Leaving Certificate Examination (including Day School Certificate (Higher) General paper), 1936
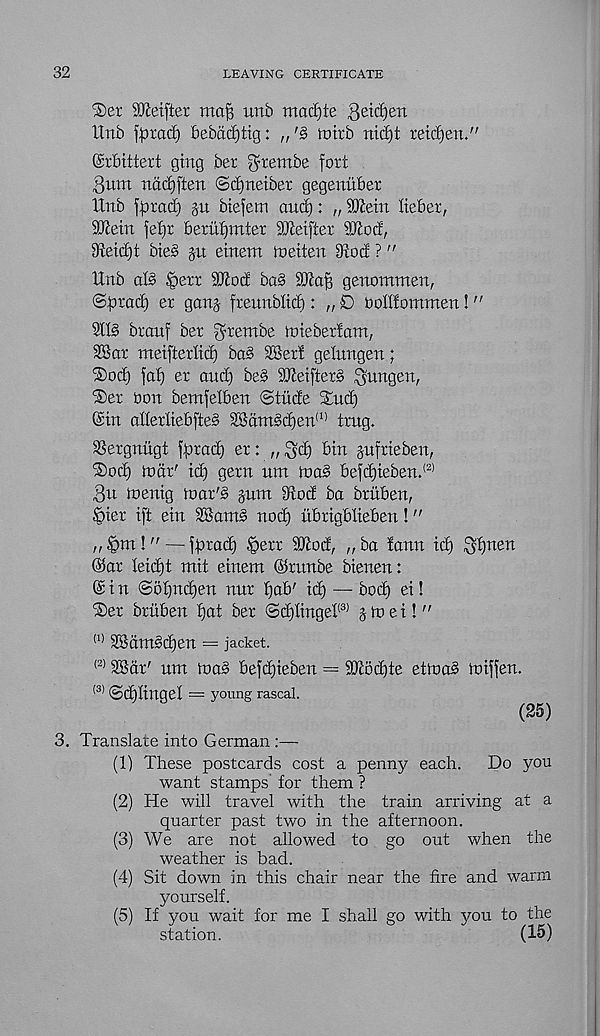
32
LEAVING CERTIFICATE
2)er SMfter map unb macE)te
llnb farad) bebdfatig:
Juirb nid)t retdjen."
Srbitiert gtng ber ^rembe fort
Bum nadfften ©djneiber gegenuber
Unb farad) p btefem and): „ SQietn Iteber,
aKein fefa berufjmter SReifter ajcocl,
s Jieid)t bte§ p etnem meiten 9tocf ?"
Unb aB §err ajtod ba§ 2}ta|3 genommen,
@$)rad) er ganj frennblid): „ £> bontommen! "
21B brauf ber ^rembe miebertam,
28ar meifterlid) ba§ 2Ber! gelungen;
®od) fat) er and) be§ 9JMfter§ B'uugen,
®er bon bemfelben ©tilde S^nd)
©in attertiebfteb 28dm§d)en (1) trug.
SSergnngt farad) er: n Sd) bin pfrieben,
iSod) mdr' id) gem um toa§ befd)ieben. (2)
Bn toenig toarB pm dvod ba britben,
•£)ier ift ein 28anB nod) ubrigblieben!"
,, §m!" — ff>rad) §err SJtod, „ ba tann id) Bfjnen
©ar teid)t mit einem ©runbe bienen:
© i n ©otpfaen nnr tjab' id) — bod) ei!
®er bruben t)at ber ©d)tinget (3) jtoei!"
(1) 28dm§d)en = jacket.
<2) ^ar' um )na§ befdjieben = 9}tod)te ettoa§ toiffen.
(3) ©djlinget = young rascal.
(25)
3. Translate into German
(1) These postcards cost a penny each.
Do you
want stamps' for them ?
(2) He will travel with the train arriving at a
quarter past two in the afternoon.
(3) We are not allowed to go out when the
weather is bad.
(4) Sit down in this chair near the fire and warm
yourself.
(5) If you wait for me I shall go with you to the
station.
(15)